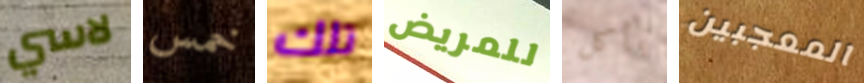
لاسي خمس تلك للمريض بأكل المعجبين